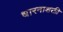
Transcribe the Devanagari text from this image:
धारनाशक्ती